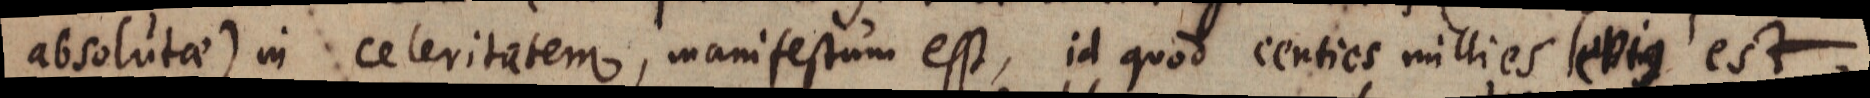
absolutae) in celeritatem, manifestum est, id quod centies millies levius est,